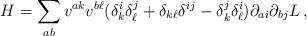
LaTeX: \begin{align*}H =\sum_{a b}v^{ak}v^{b\ell}(\delta^i_{k}\delta^j_{\ell}+\delta_{k\ell}\delta^{ij}-\delta^j_{k}\delta^i_{\ell})\partial_{ai}\partial_{bj}L \, ,\end{align*}